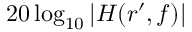
2 0 \log _ { 1 0 } | H ( r ^ { \prime } , f ) |